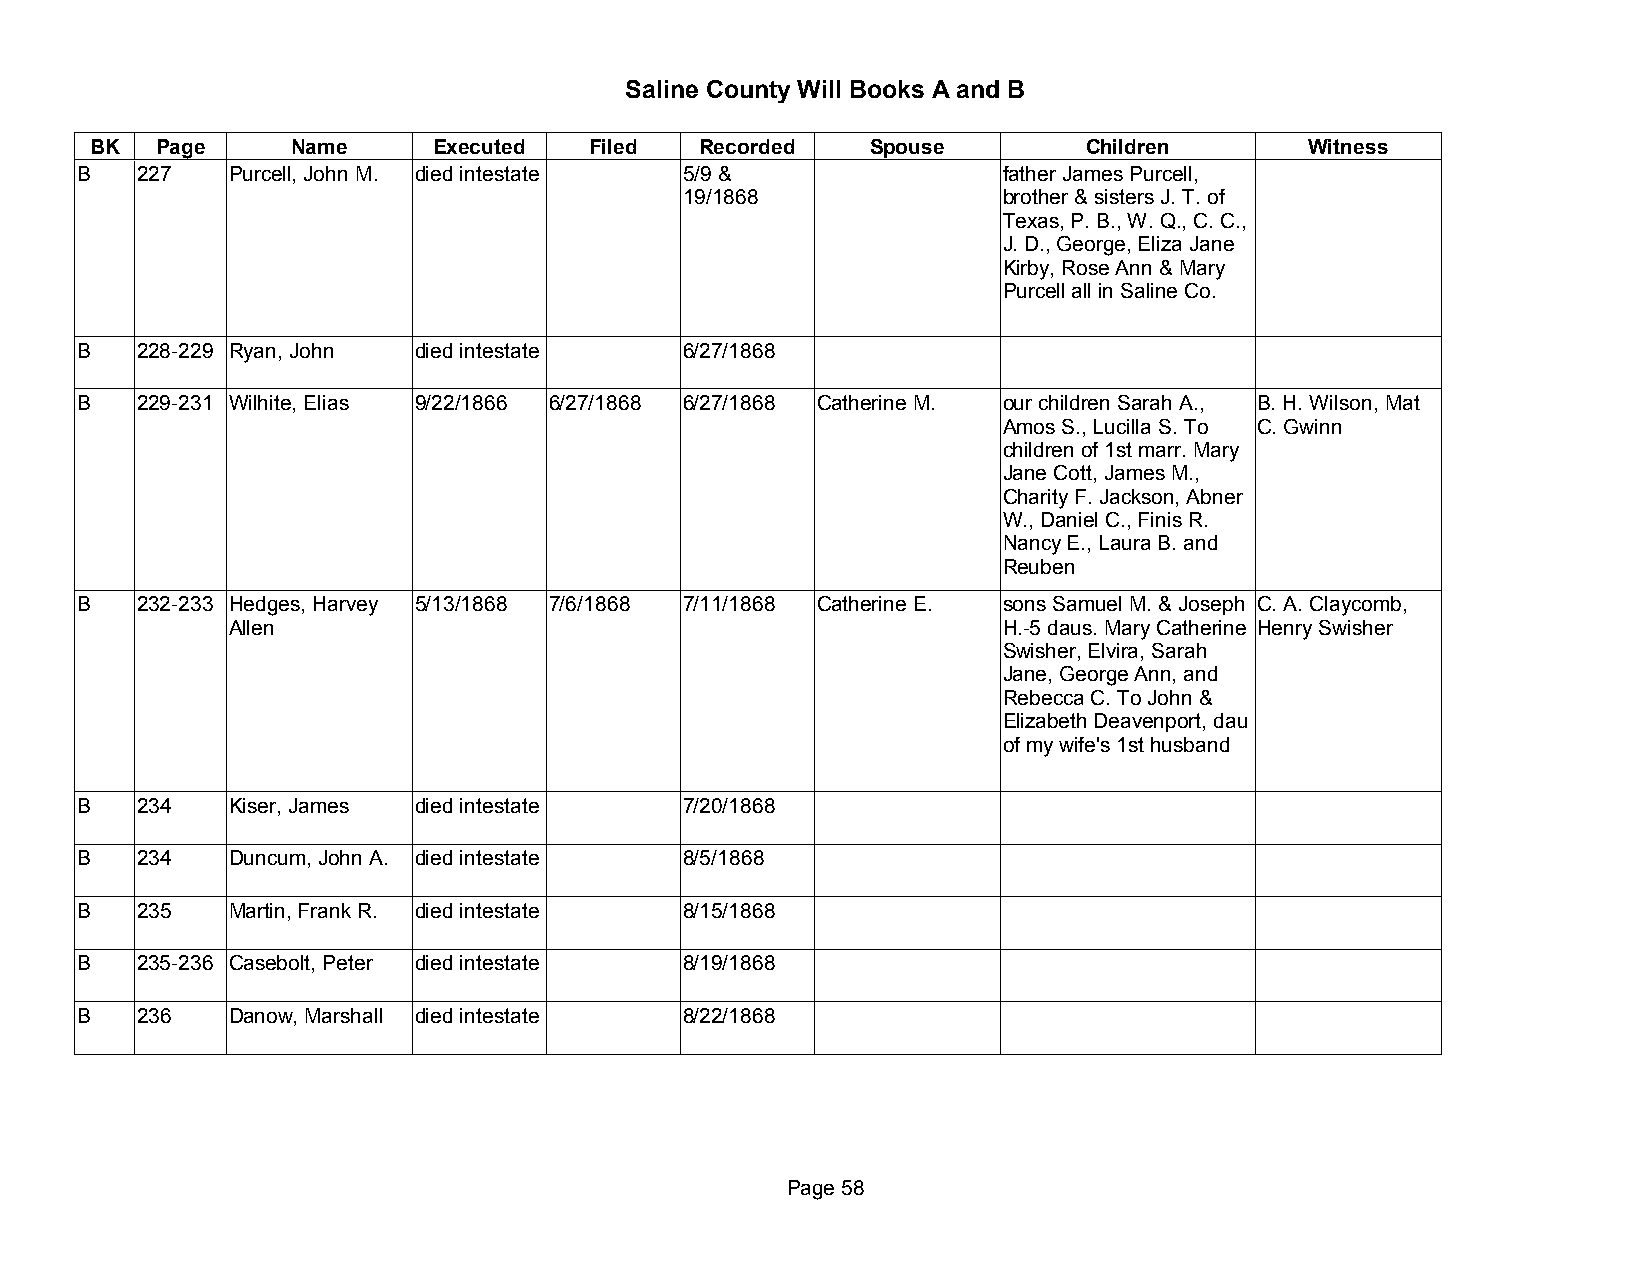
Saline County Will Books A and B
 BK  Page     Name      Executed  Filed  Recorded    Spouse        Children       Witness
 B   227   Purcell, John M. died intestate 5/9 &              father James Purcell,
 19/1868              brother & sisters J. T. of
 Texas, P. B., W. Q., C. C.,
 J. D., George, Eliza Jane
 Kirby, Rose Ann & Mary
 Purcell all in Saline Co.
 B   228-229 Ryan, John died intestate   6/27/1868
 B   229-231 Wilhite, Elias 9/22/1866 6/27/1868 6/27/1868 Catherine M. our children Sarah A., B. H. Wilson, Mat
 Amos S., Lucilla S. To C. Gwinn
 children of 1st marr. Mary
 Jane Cott, James M.,
 Charity F. Jackson, Abner
 W., Daniel C., Finis R.
 Nancy E., Laura B. and
 Reuben
 B   232-233 Hedges, Harvey 5/13/1868 7/6/1868 7/11/1868 Catherine E. sons Samuel M. & Joseph C. A. Claycomb,
 Allen                                              H.-5 daus. Mary Catherine Henry Swisher
 Swisher, Elvira, Sarah
 Jane, George Ann, and
 Rebecca C. To John &
 Elizabeth Deavenport, dau
 of my wife's 1st husband
 B   234   Kiser, James died intestate   7/20/1868
 B   234   Duncum, John A. died intestate 8/5/1868
 B   235   Martin, Frank R. died intestate 8/15/1868
 B   235-236 Casebolt, Peter died intestate 8/19/1868
 B   236   Danow, Marshall died intestate 8/22/1868
 Page 58